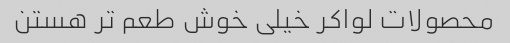
محصولات لواکر خیلی خوش طعم تر هستن